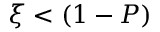
\xi < ( 1 - P )